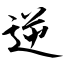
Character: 逆